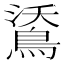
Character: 𪁕